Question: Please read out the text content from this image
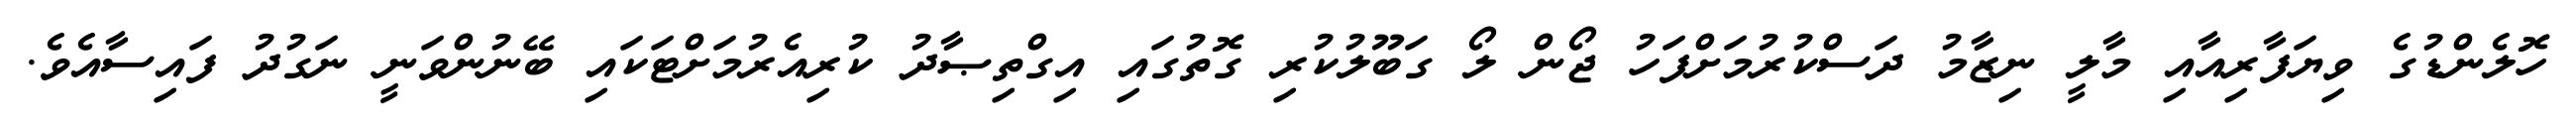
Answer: ހޮލެންޑުގެ ވިޔަފާރިއާއި މާލީ ނިޒާމު ދަސްކުރުމަށްފަހު ޖޯން ލޯ ގަބޫލުކުރި ގޮތުގައި އިގްތިޞާދު ކުރިއެރުމަށްޓަކައި ބޭނުންވަނީ ނަގުދު ފައިސާއެވެ.